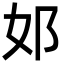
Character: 邚